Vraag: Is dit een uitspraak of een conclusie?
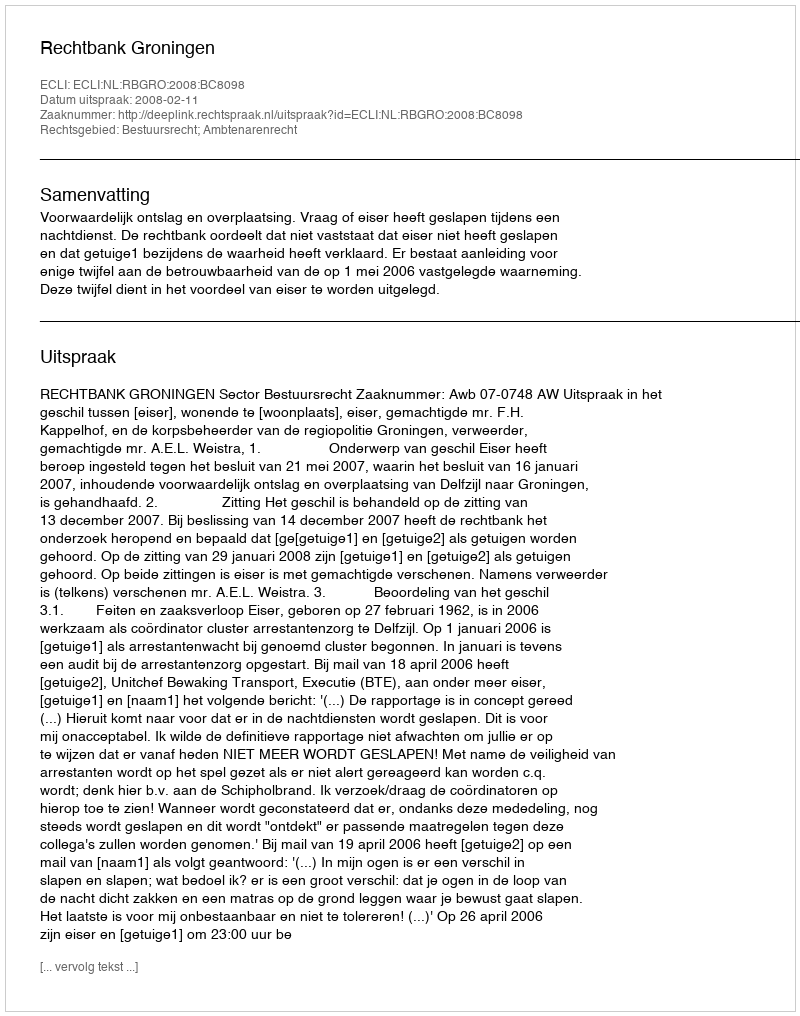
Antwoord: Uitspraak